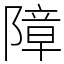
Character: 障